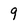
Character: 9